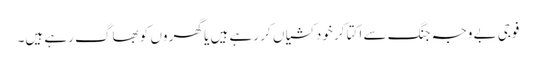
فوجی بے وجہ جنگ سے اکتا کر خودکشیاں کر رہے ہیں یا گھر وں کو بھاگ رہے ہیں۔